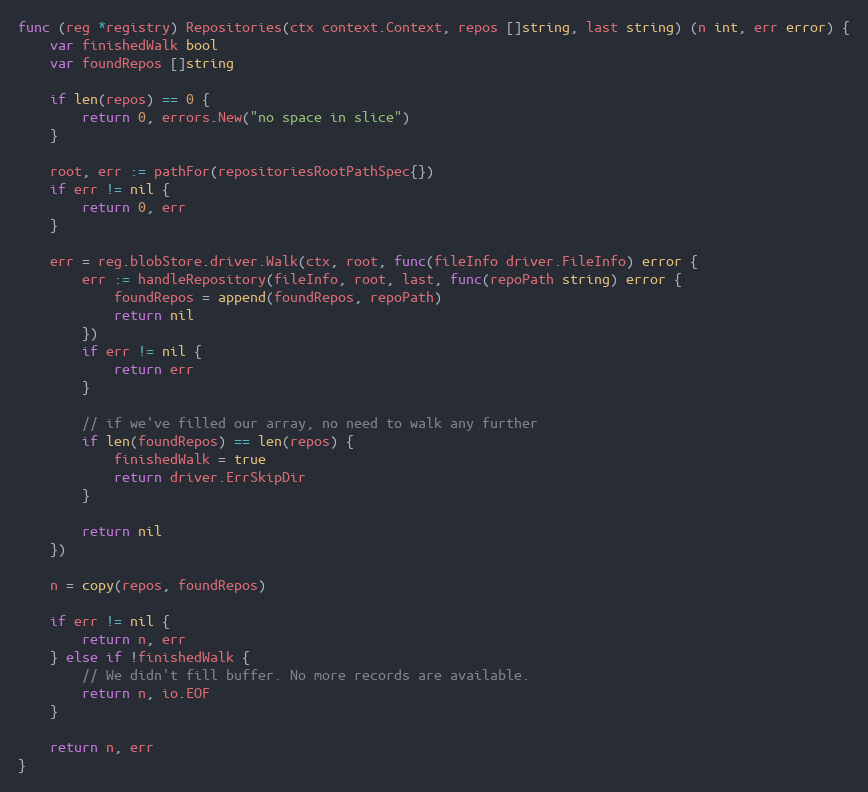
Language: Go
func (reg *registry) Repositories(ctx context.Context, repos []string, last string) (n int, err error) {
	var finishedWalk bool
	var foundRepos []string

	if len(repos) == 0 {
		return 0, errors.New("no space in slice")
	}

	root, err := pathFor(repositoriesRootPathSpec{})
	if err != nil {
		return 0, err
	}

	err = reg.blobStore.driver.Walk(ctx, root, func(fileInfo driver.FileInfo) error {
		err := handleRepository(fileInfo, root, last, func(repoPath string) error {
			foundRepos = append(foundRepos, repoPath)
			return nil
		})
		if err != nil {
			return err
		}

		// if we've filled our array, no need to walk any further
		if len(foundRepos) == len(repos) {
			finishedWalk = true
			return driver.ErrSkipDir
		}

		return nil
	})

	n = copy(repos, foundRepos)

	if err != nil {
		return n, err
	} else if !finishedWalk {
		// We didn't fill buffer. No more records are available.
		return n, io.EOF
	}

	return n, err
}